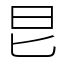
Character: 㫐